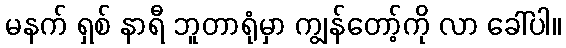
မနက် ရှစ် နာရီ ဘူတာရုံမှာ ကျွန်တော့်ကို လာ ခေါ်ပါ။